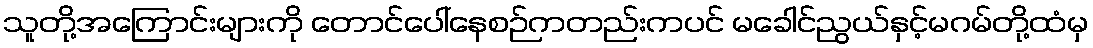
သူတို့အကြောင်းများကို တောင်ပေါ်နေစဉ်ကတည်းကပင် မခေါင်ညွယ်နှင့်မဂမ်တို့ထံမှ